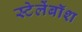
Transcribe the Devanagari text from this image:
स्टेलेंबॉश